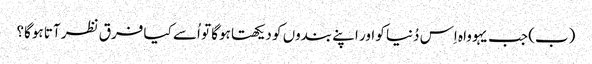
‏ (‏ب)‏ جب یہوواہ اِس دُنیا کو اور اپنے بندوں کو دیکھتا ہوگا تو اُسے کیا فرق نظر آتا ہوگا؟